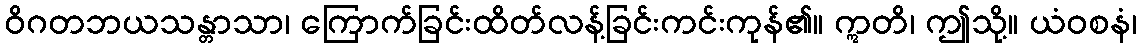
ဝိဂတဘယသန္တာသာ၊ ကြောက်ခြင်းထိတ်လန့်ခြင်းကင်းကုန်၏။ ဣတိ၊ ဤသို့။ ယံဝစနံ၊